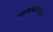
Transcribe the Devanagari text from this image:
संगमरवरापासून